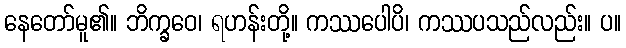
နေတော်မူ၏။ ဘိက္ခဝေ၊ ရဟန်းတို့။ ကဿပေါပိ၊ ကဿပသည်လည်း။ ပ။